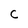
Character: C